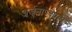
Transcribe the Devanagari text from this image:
अर्जूनापेक्षाही